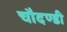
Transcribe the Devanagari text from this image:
चौदण्डी